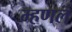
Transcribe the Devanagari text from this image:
म्हणलं